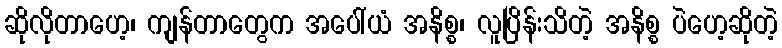
ဆိုလိုတာဟေ့၊ ကျန်တာတွေက အပေါ်ယံ အနိစ္စ၊ လူပြိန်းသိတဲ့ အနိစ္စ ပဲဟေ့ဆိုတဲ့